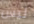
ليس